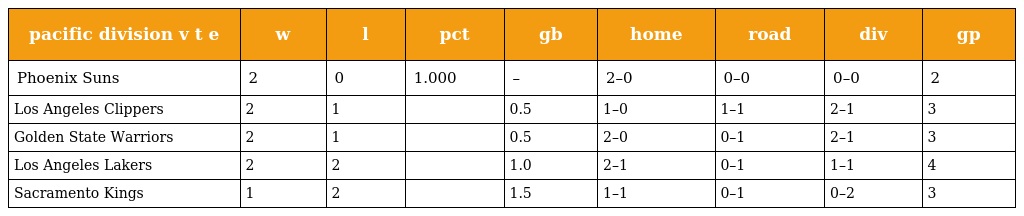
| pacific division v t e | w | l | pct | gb | home | road | div | gp |
 | --- | --- | --- | --- | --- | --- | --- | --- | --- |
 | Phoenix Suns | 2 | 0 | 1.000 | – | 2–0 | 0–0 | 0–0 | 2 |
 | Los Angeles Clippers | 2 | 1 |  | 0.5 | 1–0 | 1–1 | 2–1 | 3 |
 | Golden State Warriors | 2 | 1 |  | 0.5 | 2–0 | 0–1 | 2–1 | 3 |
 | Los Angeles Lakers | 2 | 2 |  | 1.0 | 2–1 | 0–1 | 1–1 | 4 |
 | Sacramento Kings | 1 | 2 |  | 1.5 | 1–1 | 0–1 | 0–2 | 3 |